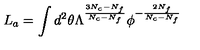
L _ { a } = \int d ^ { 2 } \theta \Lambda ^ { \frac { 3 N _ { c } - N _ { f } } { N _ { c } - N _ { f } } } \phi ^ { - \frac { 2 N _ { f } } { N _ { c } - N _ { f } } }